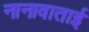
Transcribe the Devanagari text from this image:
नानावाताई